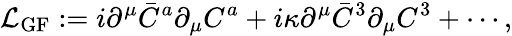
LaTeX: {\cal L}_{\mathrm{GF}}:=i\partial^{\mu}\bar{C}^{a}\partial_{\mu}C^{a}+i\kappa\partial^{\mu}\bar{C}^{3}\partial_{\mu}C^{3}+\cdots,